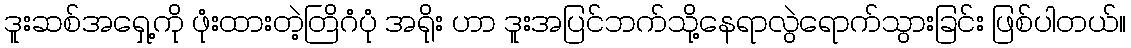
ဒူးဆစ်အရှေ့ကို ဖုံးထားတဲ့တြိဂံပုံ အရိုး ဟာ ဒူးအပြင်ဘက်သို့နေရာလွဲရောက်သွားခြင်း ဖြစ်ပါတယ်။